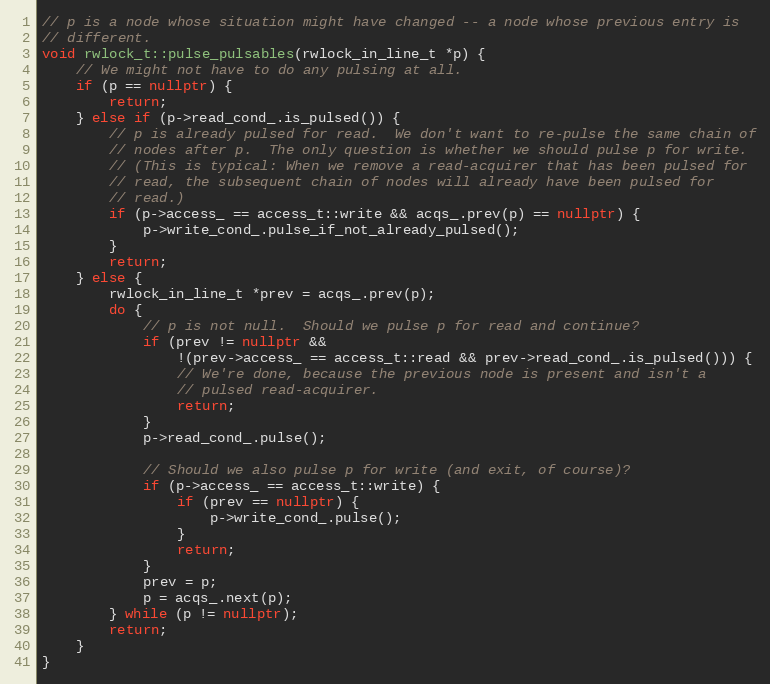
Language: C++
// p is a node whose situation might have changed -- a node whose previous entry is
// different.
void rwlock_t::pulse_pulsables(rwlock_in_line_t *p) {
    // We might not have to do any pulsing at all.
    if (p == nullptr) {
        return;
    } else if (p->read_cond_.is_pulsed()) {
        // p is already pulsed for read.  We don't want to re-pulse the same chain of
        // nodes after p.  The only question is whether we should pulse p for write.
        // (This is typical: When we remove a read-acquirer that has been pulsed for
        // read, the subsequent chain of nodes will already have been pulsed for
        // read.)
        if (p->access_ == access_t::write && acqs_.prev(p) == nullptr) {
            p->write_cond_.pulse_if_not_already_pulsed();
        }
        return;
    } else {
        rwlock_in_line_t *prev = acqs_.prev(p);
        do {
            // p is not null.  Should we pulse p for read and continue?
            if (prev != nullptr &&
                !(prev->access_ == access_t::read && prev->read_cond_.is_pulsed())) {
                // We're done, because the previous node is present and isn't a
                // pulsed read-acquirer.
                return;
            }
            p->read_cond_.pulse();

            // Should we also pulse p for write (and exit, of course)?
            if (p->access_ == access_t::write) {
                if (prev == nullptr) {
                    p->write_cond_.pulse();
                }
                return;
            }
            prev = p;
            p = acqs_.next(p);
        } while (p != nullptr);
        return;
    }
}